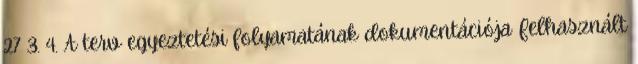
27 3. 4. A terv egyeztetési folyamatának dokumentációja Felhasznált